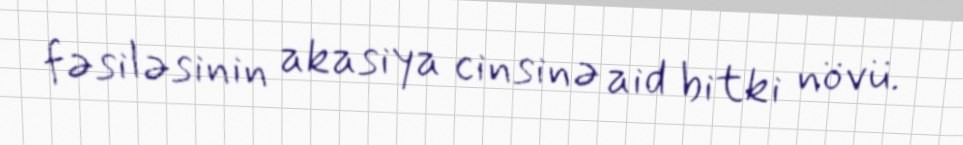
fəsiləsinin akasiya cinsinə aid bitki növü.